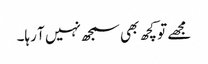
مجھے تو کچھ بھی سمجھ نہیں آ رہا۔